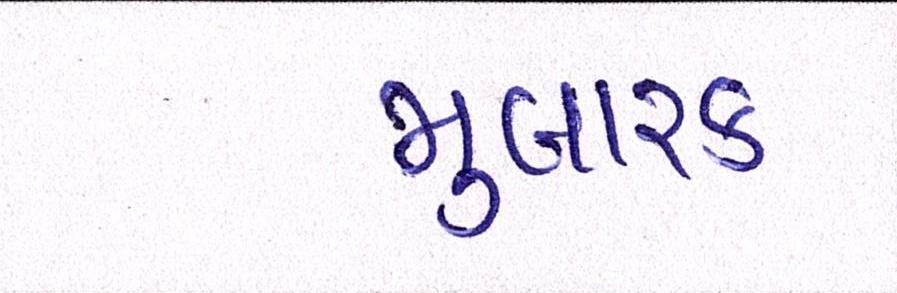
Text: મુબારક